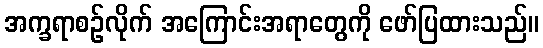
အက္ခရာစဉ်လိုက် အကြောင်းအရာတွေကို ဖော်ပြထားသည်။